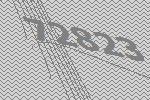
72823